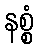
နစ္စံ